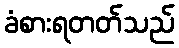
ခံစားရတတ်သည်